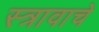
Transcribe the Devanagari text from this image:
स्त्रावाचे